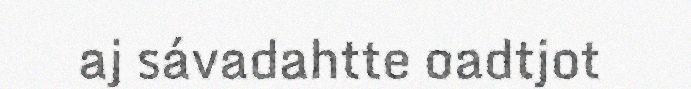
aj sávadahtte oadtjot